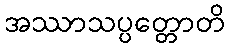
အဿာသပ္ပတ္တောတိ